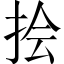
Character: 𪭯